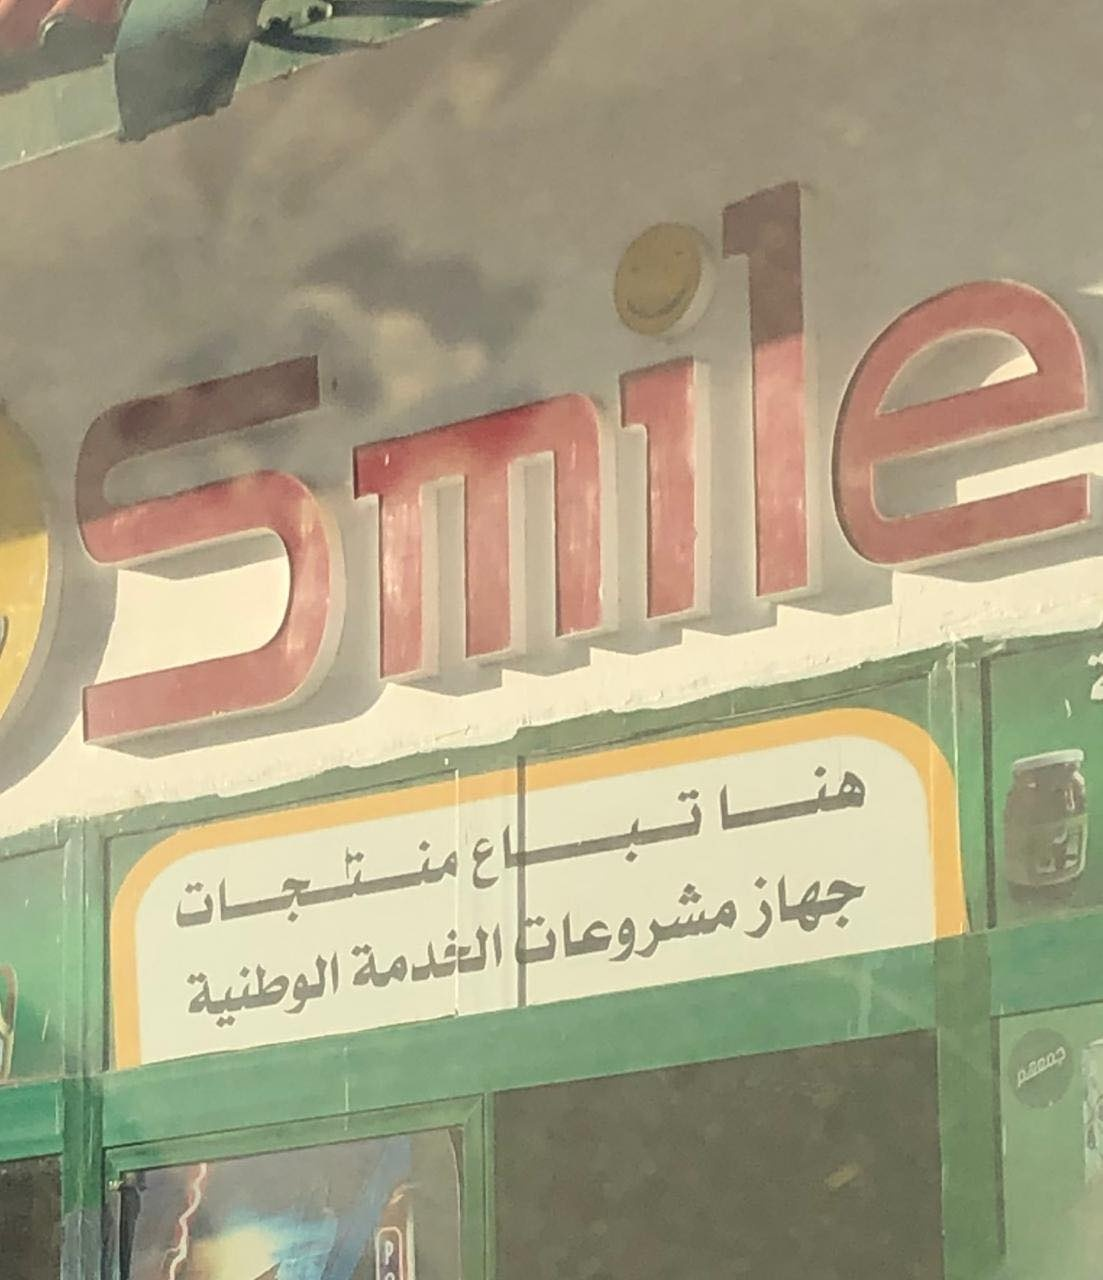
Text in image: هنا تباع منتجات جهاز مشروعات الخدمة الوطنية جمعهم Smile